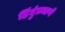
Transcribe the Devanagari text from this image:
हिंदुंप्रमाणे